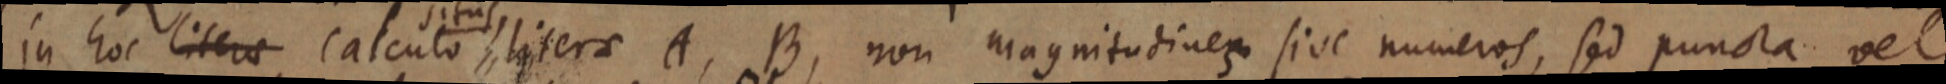
in hoc literae calculo literae A, B, non magnitudinem sive numeros, sed puncta vel